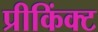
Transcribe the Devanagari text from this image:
प्रीकिंक्ट